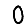
Digit: 0